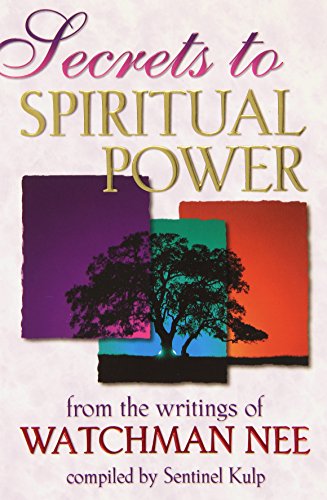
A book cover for Secrets to Spiritual Power; Watchman Nee; Christian Books & Bibles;